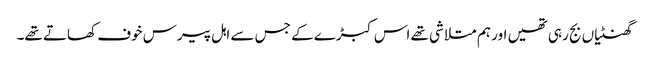
گھنٹیاں بج رہی تھیں اور ہم متلاشی تھے اس کبڑے کے جس سے اہل پیرس خوف کھاتے تھے۔